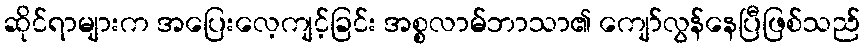
ဆိုင်ရာများက အပြေးလေ့ကျင့်ခြင်း အစ္စလာမ်ဘာသာ၏ ကျော်လွန်နေပြီဖြစ်သည်